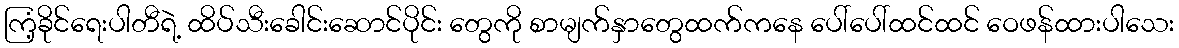
ကြံ့ခိုင်ရေးပါတီရဲ့ ထိပ်သီးခေါင်းဆောင်ပိုင်း တွေကို စာမျက်နှာတွေထက်ကနေ ပေါ်ပေါ်ထင်ထင် ဝေဖန်ထားပါသေး